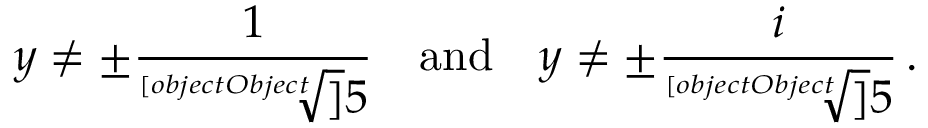
y \neq \pm { \frac { 1 } { \sqrt [ [object Object] ] { 5 } } } \quad { \mathrm { a n d } } \quad y \neq \pm { \frac { i } { \sqrt [ [object Object] ] { 5 } } } \, .